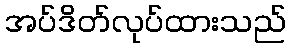
အပ်ဒိတ်လုပ်ထားသည်